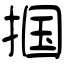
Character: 掴